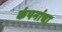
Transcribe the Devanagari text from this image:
कंपनांचा